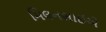
મિલનભાઈએ